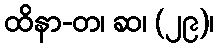
ထိနာ-တ၊ ဆ၊ (၂၉)၊